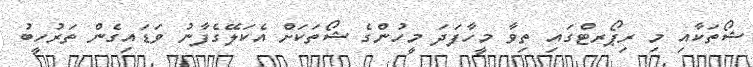
ޝޯތަކާއި މި ރިޕޯރޓްގައި ތިވާ މީހާފަދަ މީހުންގެ ޝޯތަކަށް އެކަލޭގެފާނު ވަޑައިގެން ތަރުހީބު